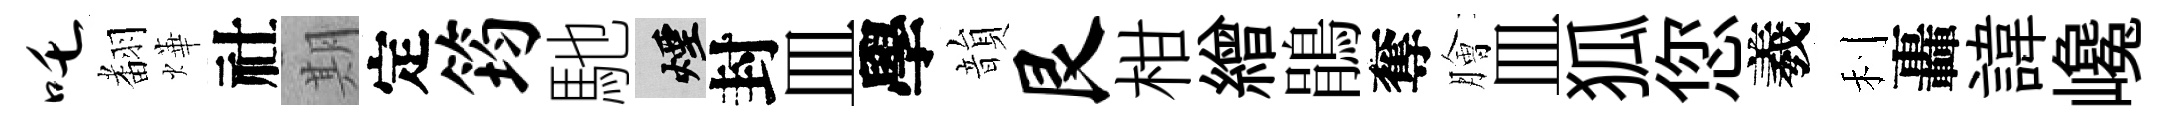
吒𮋒燁社期定筠馳煙封皿學韻艮柑繒鵑奪膾皿狐您羲利轟諱巉